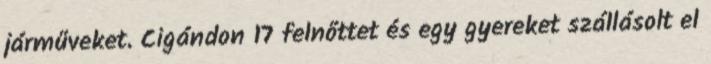
járműveket. Cigándon 17 felnőttet és egy gyereket szállásolt el